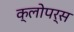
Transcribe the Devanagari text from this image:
क्लोपर्स